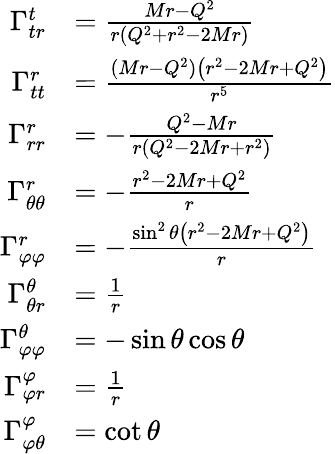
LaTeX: {\begin{array}{rl}{\Gamma_{tr}^{t}}&{={\frac{Mr-Q^{2}}{r(Q^{2}+r^{2}-2Mr)}}}\\ {\Gamma_{tt}^{r}}&{={\frac{(Mr-Q^{2})\left(r^{2}-2Mr+Q^{2}\right)}{r^{5}}}}\\ {\Gamma_{rr}^{r}}&{=-{\frac{Q^{2}-Mr}{r(Q^{2}-2Mr+r^{2})}}}\\ {\Gamma_{\theta\theta}^{r}}&{=-{\frac{r^{2}-2Mr+Q^{2}}{r}}}\\ {\Gamma_{\varphi\varphi}^{r}}&{=-{\frac{\sin^{2}\theta\left(r^{2}-2Mr+Q^{2}\right)}{r}}}\\ {\Gamma_{\theta r}^{\theta}}&{={\frac{1}{r}}}\\ {\Gamma_{\varphi\varphi}^{\theta}}&{=-\sin\theta\cos\theta}\\ {\Gamma_{\varphi r}^{\varphi}}&{={\frac{1}{r}}}\\ {\Gamma_{\varphi\theta}^{\varphi}}&{=\cot\theta}\end{array}}